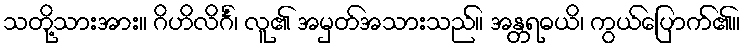
သတို့သားအား။ ဂိဟိလိင်္ဂံ၊ လူ၏ အမှတ်အသားသည်။ အန္တရဓယိ၊ ကွယ်ပြောက်၏။